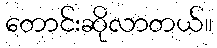
တောင်းဆိုလာတယ်။